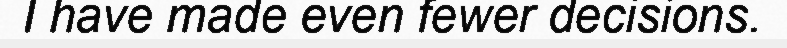
I have made even fewer decisions.